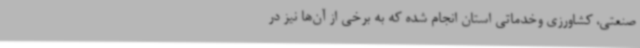
صنعتی، کشاورزی وخدماتی استان انجام شده که به برخی از آن‌ها نیز در